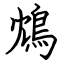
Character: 鴆